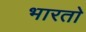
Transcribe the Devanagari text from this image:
भारताे